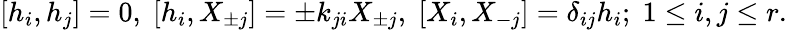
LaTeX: {}[h_{i},h_{j}]=0,\; [h_{i},X_{\pm j}]=\pm k_{ji}X_{\pm j},\; [X_{i},X_{-j}]=\delta_{ij}h_{i};\; 1\leq i,j\leq r.